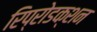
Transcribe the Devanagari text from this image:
रिप्रोडक्शन